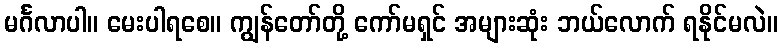
မင်္ဂလာပါ။ မေးပါရစေ။ ကျွန်တော်တို့ ကော်မရှင် အများဆုံး ဘယ်လောက် ရနိုင်မလဲ။